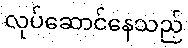
လုပ်ဆောင်နေသည်